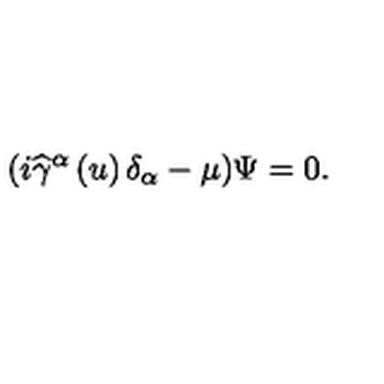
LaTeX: ( i \widehat { \gamma } ^ { \alpha } \left( u \right) \delta _ { \alpha } - \mu ) \Psi = 0 .